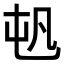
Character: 𡴉